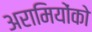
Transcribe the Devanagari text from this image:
अरामियोंको